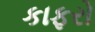
કાફરો